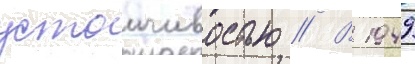
устоичивостью // В 1949